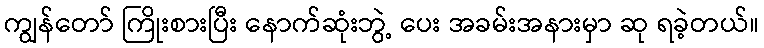
ကျွန်တော် ကြိုးစားပြီး နောက်ဆုံးဘွဲ့ ပေး အခမ်းအနားမှာ ဆု ရခဲ့တယ်။